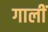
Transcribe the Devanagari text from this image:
गालीं